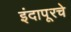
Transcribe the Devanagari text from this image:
इंदापूरचे